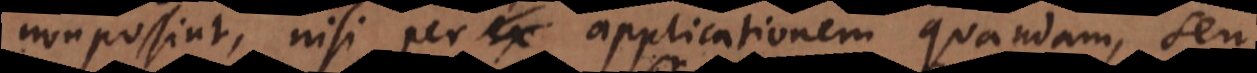
non possunt sine applicatione quadam seu